Medical and sanitary report of the native army of Madras for the year
Year: 1872
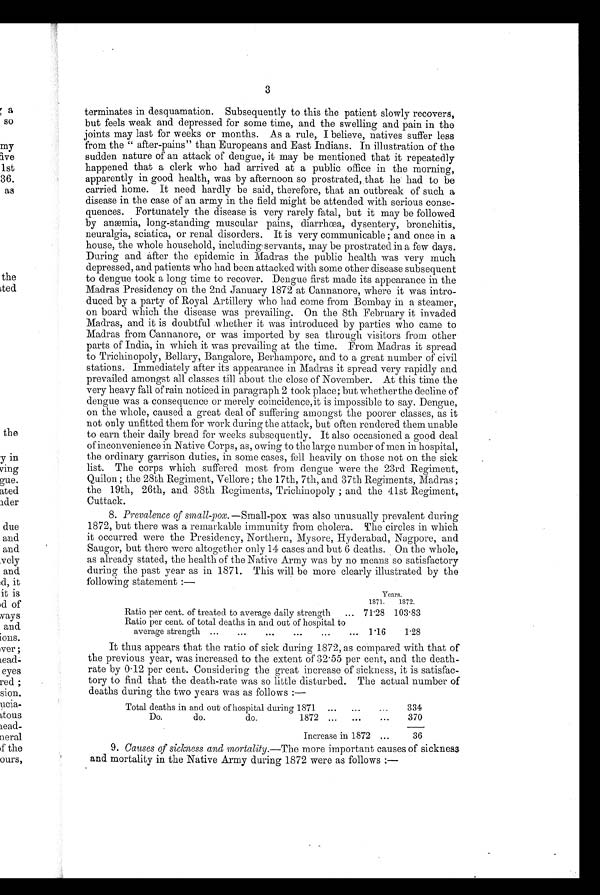
3
terminates in desquamation. Subsequently to this the patient slowly recovers,
but feels weak and depressed for some time, and the swelling and pain in the
j oints may last for weeks or months. As a rule, I believe, natives suffer less
from the " after-pains" than Europeans and East Indians. In illustration of the
sudden nature of an attack of dengue, it may be mentioned that it repeatedly
happened that a clerk who had arrived at a public office in the morning,
apparently in good health, was by afternoon so prostrated, that he had to be
carried home. It need hardly be said, therefore, that an outbreak of such a
disease in the case of an army in the field might be attended with serious conse-
quences. Fortunately the disease is very rarely fatal, but it may be followed
by anæmia, long-standing muscular pains, diarrhœa, dysentery, bronchitis,
neuralgia, sciatica, or renal disorders. It is very communicable ; and once in a
house, the whole household, including servants, may be prostrated in a few days.
During and after the epidemic in Madras the public health was very much
depressed, and patients who had been attacked with some other disease subsequent
to dengue took a long time to recover. Dengue first made its appearance in the
Madras Presidency on the 2nd January 1872 at Cannanore, where it was intro-
duced by a party of Royal Artillery who had come from Bombay in a steamer,
on board which the disease was prevailing. On the 8th February it invaded
Madras, and it is doubtful whether it was introduced by parties who came to
Madras from Cannanore, or was imported by sea through visitors from other
parts of India, in which it was prevailing at the time. From Madras it spread
to Trichinopoly, Bellary, Bangalore, Berhampore, and to a great number of civil
stations. Immediately after its appearance in Madras it spread very rapidly and
prevailed amongst all classes till about the close of November. At this time the
very heavy fall of rain noticed in paragraph 2 took place; but whether the decline of
dengue was a consequence or merely coincidence,it is impossible to say. Dengue,
on the whole, caused a great deal of suffering amongst the poorer classes, as it
not only unfitted them for work during the attack, but often rendered them unable
to earn their daily bread for weeks subsequently. It also occasioned a good deal
of inconvenience in Native Corps, as, owing to the large number of men in hospital,
the ordinary garrison duties, in some cases, fell heavily on those not on the sick
list. The corps which suffered most from dengue were the 23rd Regiment,
Quilon ; the 28th Regiment, Vellore ; the 17th, 7th, and 37th Regiments, Madras ;
the 19th, 26th, and 38th Regiments, Trichinopoly ; and the 41st Regiment,
Cuttack.
8. Prevalence of small-pox. —Small-pox was also unusually prevalent during
1872, but there was a remarkable immunity from cholera. The circles in which
it occurred were the Presidency, Northern, Mysore, Hyderabad, Nagpore, and
Saugor, but there were altogether only 14 cases and but 6 deaths. On the whole,
as already stated, the health of the Native Army was by no means so satisfactory
during the past year as in 1871. This will be more clearly illustrated by the
following statement :—
Years.
1871.
1872.
Ratio per cent. of treated to average daily strength
... 71.28 103.83
Ratio per cent. of total deaths in and out of hospital to
average strength ...
...
•••
...
...
... 1.16
1.28
It thus appears that the ratio of sick during 1872, as compared with that of
the previous year, was increased to the extent of 32.55 per cent, and the death-
rate by 0 . 12 per cent. Considering the great increase of sickness, it is satisfac-
tory to find that the death-rate was so little disturbed. The actual number of
deaths during the two years was as follows :—
Total deaths in and out of hospital during 1871 ... ...
...
334
Do.
do.
do.
1872 ...
...
...
370
Increase in 1872...
36
9. Causes of sickness and mortality.--The more important causes of sickness
and mortality in the Native Army during 1872 were as follows :—